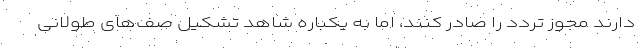
دارند مجوز تردد را صادر کنند، اما به یکباره شاهد تشکیل صف‌های طولانی